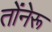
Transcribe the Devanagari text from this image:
तोंनेरू